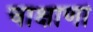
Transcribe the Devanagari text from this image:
चाक्षाणां